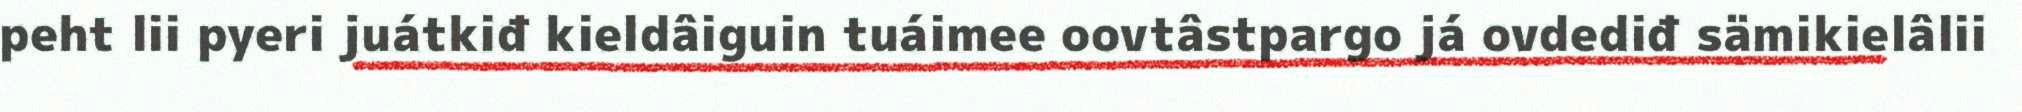
peht lii pyeri juátkiđ kieldâiguin tuáimee oovtâstpargo já ovdediđ sämikielâlii